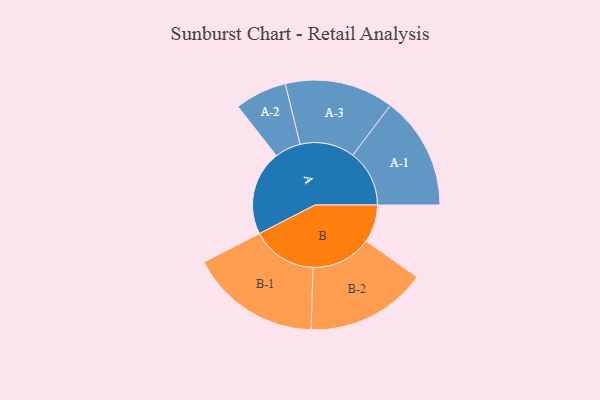
{"axis": {"x": "Segment", "y": "Value"}, "legend": ["", "A", "B"], "data": [{"x": "A", "y": 362, "type": ""}, {"x": "B", "y": 161, "type": ""}, {"x": "A-1", "y": 242, "type": "A"}, {"x": "A-2", "y": 111, "type": "A"}, {"x": "A-3", "y": 233, "type": "A"}, {"x": "B-1", "y": 279, "type": "B"}, {"x": "B-2", "y": 259, "type": "B"}]}